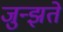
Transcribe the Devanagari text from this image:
जुन्झते